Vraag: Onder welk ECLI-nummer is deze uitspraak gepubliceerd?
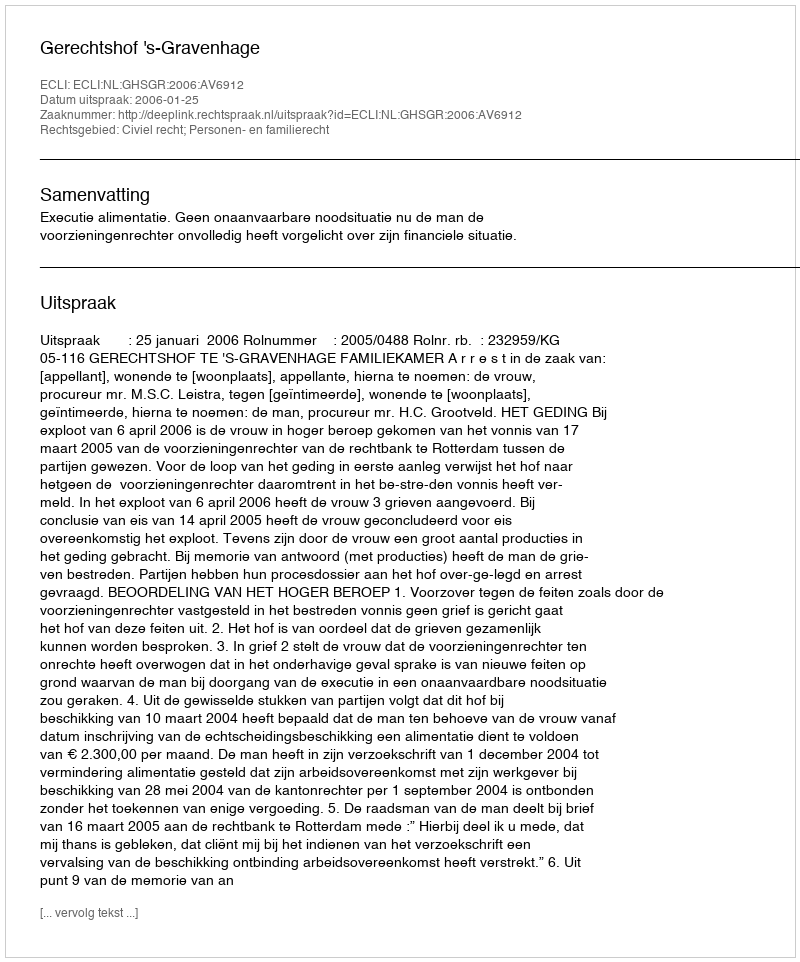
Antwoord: ECLI:NL:GHSGR:2006:AV6912